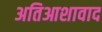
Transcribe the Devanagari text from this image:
अतिआशावाद